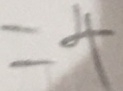
= 4